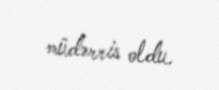
müdərris oldu.